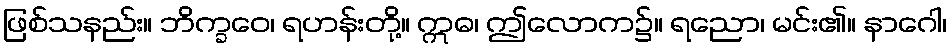
ဖြစ်သနည်း။ ဘိက္ခဝေ၊ ရဟန်းတို့။ ဣဓ၊ ဤလောက၌။ ရညော၊ မင်း၏။ နာဂေါ၊